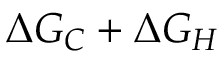
\Delta G _ { C } + \Delta G _ { H }